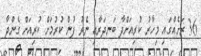
36 ރަށެއްގައި މިހާރު ކުރިއަށްދާ ބަނދަރާއި ނެރު ފުން ކުރުމަށް ކުރިއަށް ގެންދާ